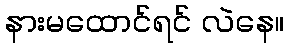
နားမထောင်ရင် လဲနေ။